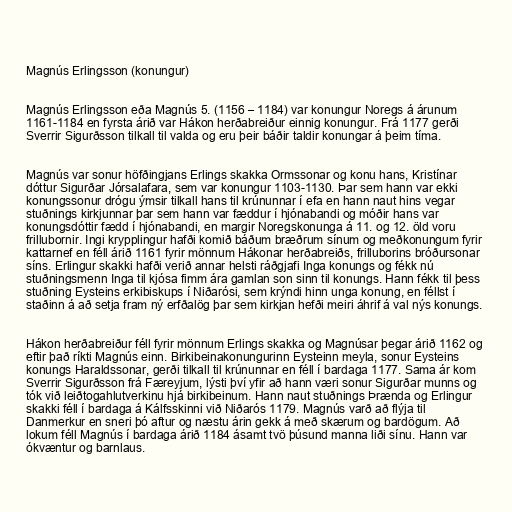
Magnús Erlingsson (konungur)

Magnús Erlingsson eða Magnús 5. (1156 – 1184) var konungur Noregs á árunum
1161-1184 en fyrsta árið var Hákon herðabreiður einnig konungur. Frá 1177 gerði
Sverrir Sigurðsson tilkall til valda og eru þeir báðir taldir konungar á þeim tíma.

Magnús var sonur höfðingjans Erlings skakka Ormssonar og konu hans, Kristínar
dóttur Sigurðar Jórsalafara, sem var konungur 1103-1130. Þar sem hann var ekki
konungssonur drógu ýmsir tilkall hans til krúnunnar í efa en hann naut hins vegar
stuðnings kirkjunnar þar sem hann var fæddur í hjónabandi og móðir hans var
konungsdóttir fædd í hjónabandi, en margir Noregskonunga á 11. og 12. öld voru
frillubornir. Ingi krypplingur hafði komið báðum bræðrum sínum og meðkonungum fyrir
kattarnef en féll árið 1161 fyrir mönnum Hákonar herðabreiðs, frilluborins bróðursonar
síns. Erlingur skakki hafði verið annar helsti ráðgjafi Inga konungs og fékk nú
stuðningsmenn Inga til kjósa fimm ára gamlan son sinn til konungs. Hann fékk til þess
stuðning Eysteins erkibiskups í Niðarósi, sem krýndi hinn unga konung, en féllst í
staðinn á að setja fram ný erfðalög þar sem kirkjan hefði meiri áhrif á val nýs konungs.

Hákon herðabreiður féll fyrir mönnum Erlings skakka og Magnúsar þegar árið 1162 og
eftir það ríkti Magnús einn. Birkibeinakonungurinn Eysteinn meyla, sonur Eysteins
konungs Haraldssonar, gerði tilkall til krúnunnar en féll í bardaga 1177. Sama ár kom
Sverrir Sigurðsson frá Færeyjum, lýsti því yfir að hann væri sonur Sigurðar munns og
tók við leiðtogahlutverkinu hjá birkibeinum. Hann naut stuðnings Þrænda og Erlingur
skakki féll í bardaga á Kálfsskinni við Niðarós 1179. Magnús varð að flýja til
Danmerkur en sneri þó aftur og næstu árin gekk á með skærum og bardögum. Að
lokum féll Magnús í bardaga árið 1184 ásamt tvö þúsund manna liði sínu. Hann var
ókvæntur og barnlaus.